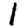
Digit: 1